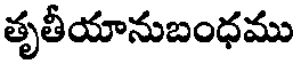
తృతీయానుబంధము